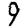
Digit: 9